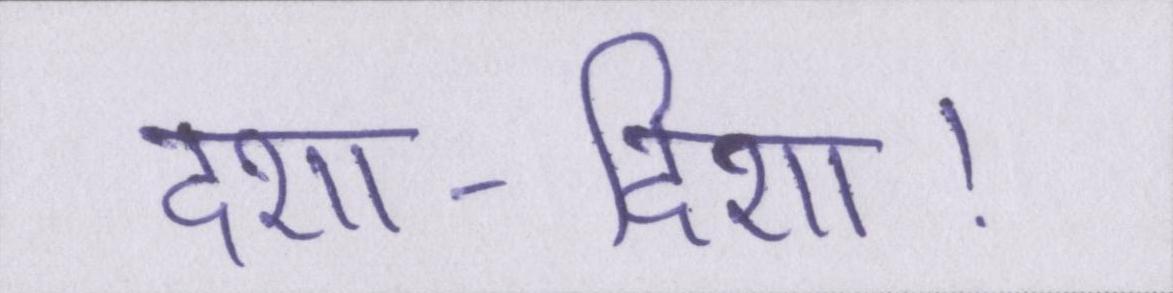
दशा-दिशा।